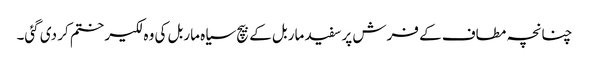
چنانچہ مطاف کے فرش پر سفید ماربل کے بیچ سیاہ ماربل کی وہ لکیر ختم کر دی گئی۔